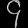
Digit: ၄